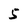
Character: 5